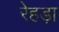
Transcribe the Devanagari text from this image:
रेहड़ा